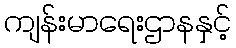
ကျန်းမာရေးဌာနနှင့်